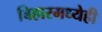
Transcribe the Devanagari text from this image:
बिहारमध्येही